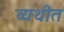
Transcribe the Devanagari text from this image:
व्यथीत